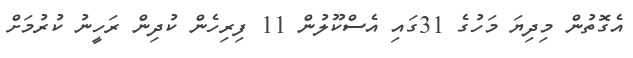
އެގޮތުން މިދިޔަ މަހުގެ 31ގައި އެސްކޫލުން 11 ފިރިހެން ކުދިން ރަހީނު ކުރުމަށް